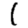
Digit: 1